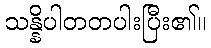
သန္နိပါတတပါးပြီး၏။